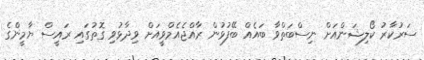
ސަރުކާރު ކޯލިޝަންއަށް ނިސްބަތްވާ ބައެއް ބޭފުޅުން ރާއްޖެއެމްވީއަށް ވިދާޅުވި ގޮތުގައި ރައީސް ޔާމީންގެ